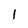
Character: I